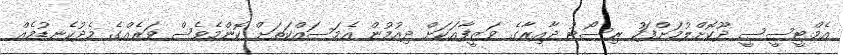
އެމްޓީސީސީ ދޫކޮށްލުމަށްފަހު ރިސޯޓު ދާއިރާގެ ވަޒީފާއަކަށް ދިއުމުން އެމަސައްކަތަށް ކޮންމެވެސް ވަރެއްގެ މެދުކެނޑުމެއް